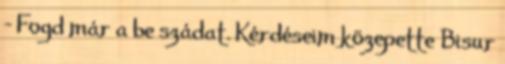
- Fogd már a be szádat. Kérdéseim közepette Bisur